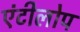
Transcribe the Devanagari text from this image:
एंटीलोप